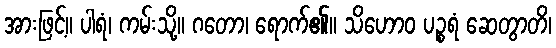
အားဖြင့်။ ပါရံ၊ ကမ်းသို့။ ဂတော၊ ရောက်၏။ သိဟောဝ ပဉ္စရံ ဆေတွာတိ၊